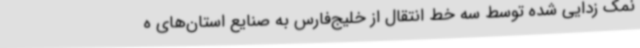
نمک زدایی شده توسط سه خط انتقال از خلیج‌فارس به صنایع استان‌های ه